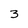
Character: 3